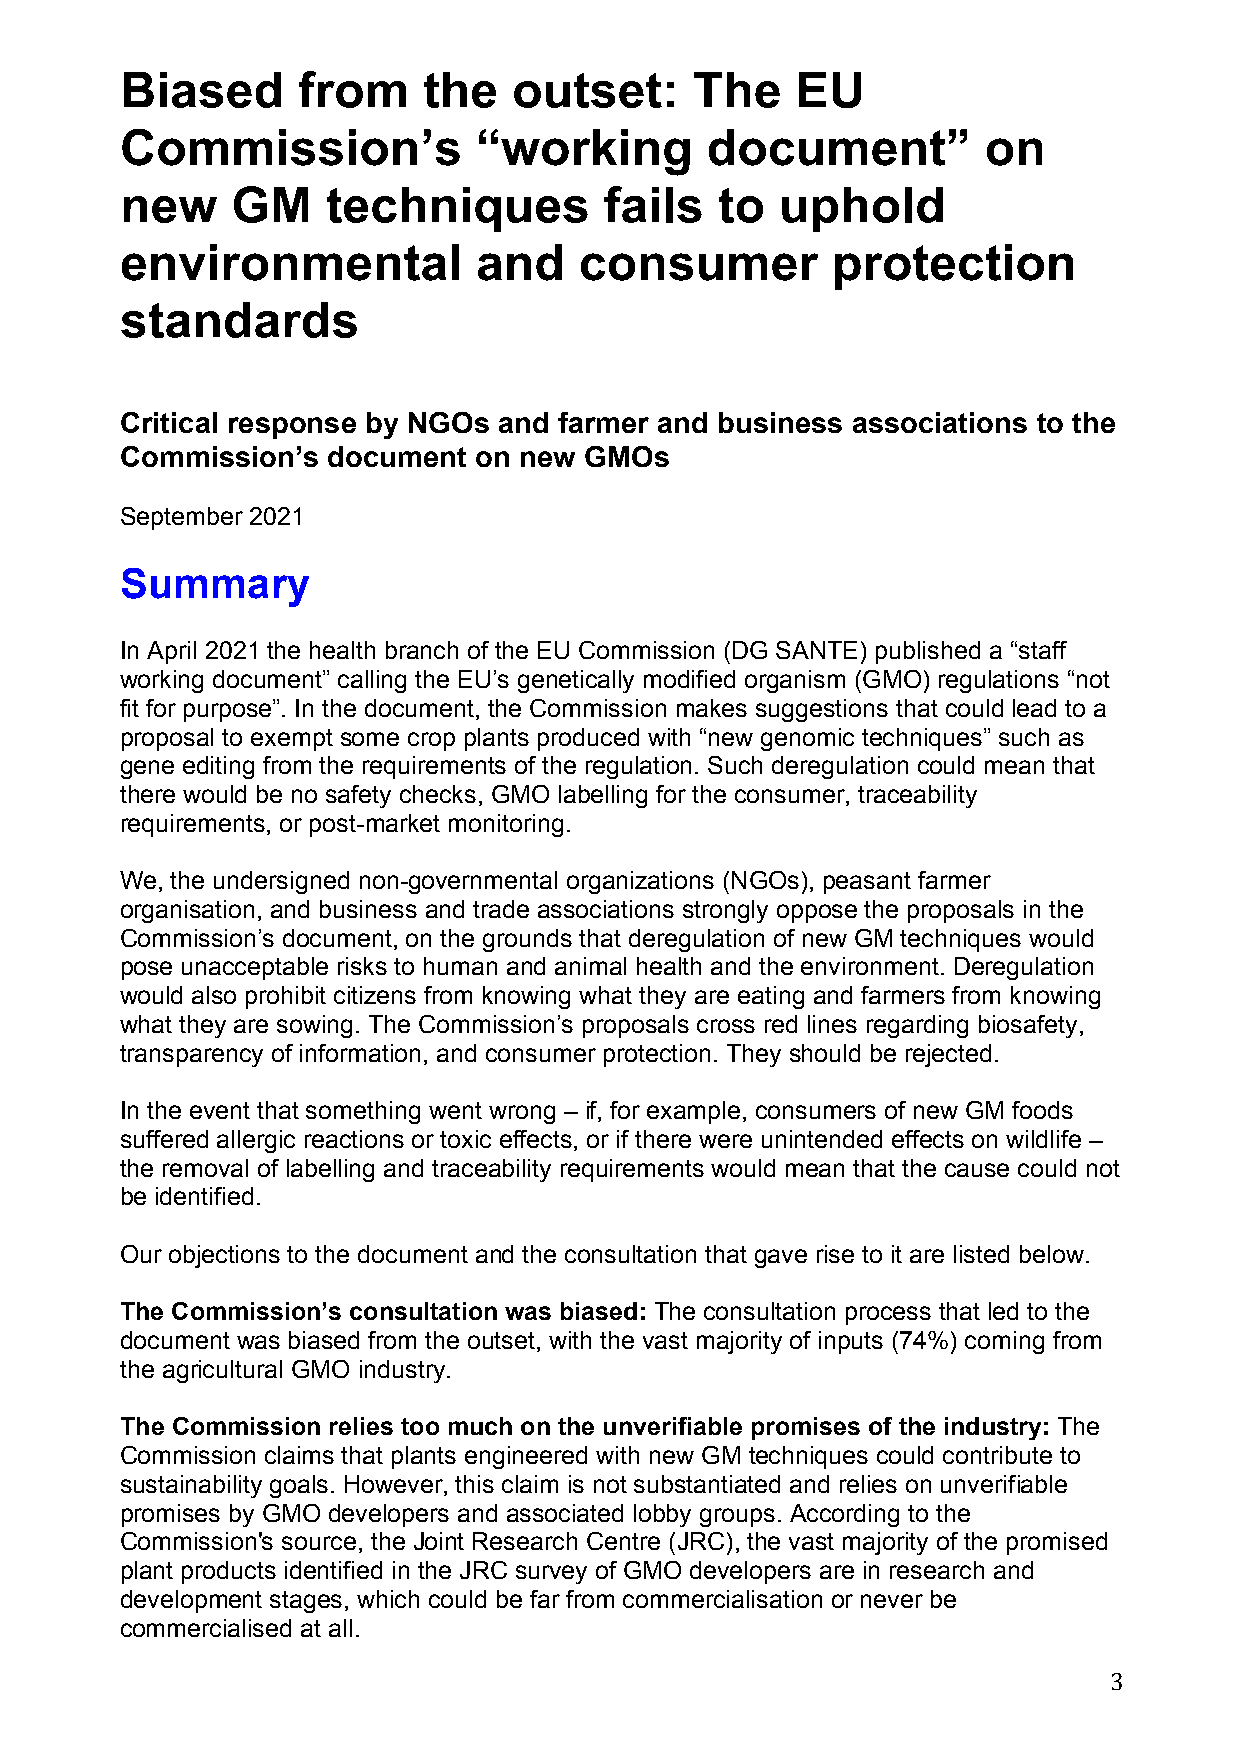
Biased      from    the   outset:     The    EU
 Commission’s           “working        document”         on
 new    GM     techniques        fails  to   uphold
 environmental          and    consumer         protection
 standards
 Critical response by NGOs and farmer and business associations to the
 Commission’s  document on new  GMOs
 September 2021
 Summary
 In April 2021 the health branch of the EU Commission (DG SANTE) published a “staff
 working document” calling the EU’s genetically modified organism (GMO) regulations “not
 fit for purpose”. In the document, the Commission makes suggestions that could lead to a
 proposal to exempt some crop plants produced with “new genomic techniques” such as
 gene editing from the requirements of the regulation. Such deregulation could mean that
 there would be no safety checks, GMO labelling for the consumer, traceability
 requirements, or post-market monitoring.
 We, the undersigned non-governmental organizations (NGOs), peasant farmer
 organisation, and business and trade associations strongly oppose the proposals in the
 Commission’s document, on the grounds that deregulation of new GM techniques would
 pose unacceptable risks to human and animal health and the environment. Deregulation
 would also prohibit citizens from knowing what they are eating and farmers from knowing
 what they are sowing. The Commission’s proposals cross red lines regarding biosafety,
 transparency of information, and consumer protection. They should be rejected.
 In the event that something went wrong – if, for example, consumers of new GM foods
 suffered allergic reactions or toxic effects, or if there were unintended effects on wildlife –
 the removal of labelling and traceability requirements would mean that the cause could not
 be identified.
 Our objections to the document and the consultation that gave rise to it are listed below.
 The Commission’s consultation was biased: The consultation process that led to the
 document was biased from the outset, with the vast majority of inputs (74%) coming from
 the agricultural GMO industry.
 The Commission relies too much on the unverifiable promises of the industry: The
 Commission claims that plants engineered with new GM techniques could contribute to
 sustainability goals. However, this claim is not substantiated and relies on unverifiable
 promises by GMO developers and associated lobby groups. According to the
 Commission's source, the Joint Research Centre (JRC), the vast majority of the promised
 plant products identified in the JRC survey of GMO developers are in research and
 development stages, which could be far from commercialisation or never be
 commercialised at all.
 3